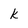
Character: k